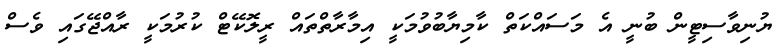
ޔުނިވާސިޓީން ބުނީ އެ މަސައްކަތް ކާމިޔާބުވުމަކީ އިމާރާތްތައް ރީލޮކޭޓް ކުރުމަކީ ރާއްޖޭގައި ވެސް